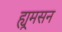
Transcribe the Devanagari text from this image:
ह्यूमसन